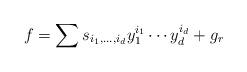
LaTeX: \begin{align*}f=\sum s_{i_1,\ldots,i_d}y_1^{i_1}\cdots y_d^{i_d}+g_r\end{align*}